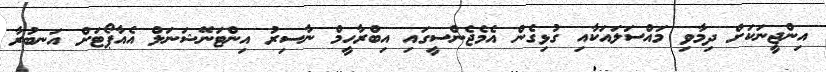
އިންޖީނަކަށް ދިމާވި މައްސަލައަކާއި ގުޅިގެން އެމެޖެންސީގައި އިބްރާހީމް ނާސިރު އިންޓަނޭޝަނަލް އެއާޕޯޓަށް އަނބުރާ